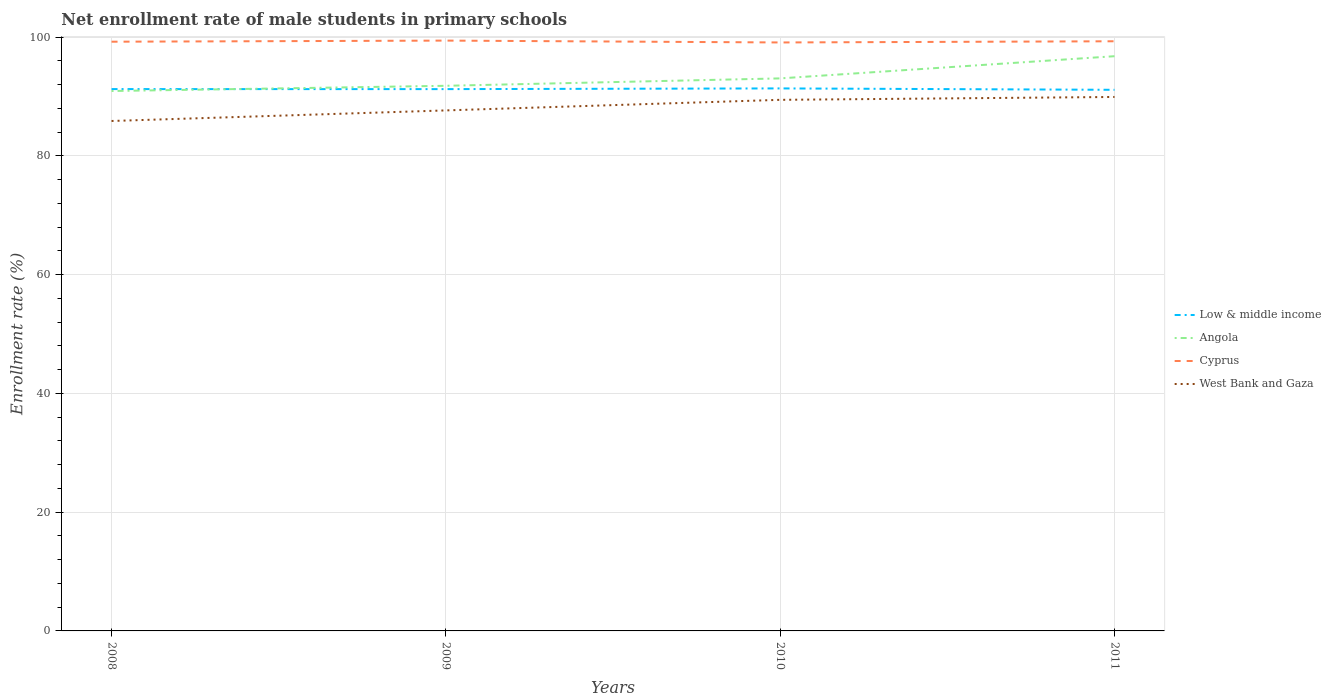
| Years | Low & middle income | Angola | Cyprus | West Bank and Gaza |
 | --- | --- | --- | --- | --- |
 | 2008 | 91.3 | 90.9 | 99.2 | 85.9 |
 | 2009 | 91.3 | 91.8 | 99.4 | 87.7 |
 | 2010 | 91.4 | 93.1 | 99.1 | 89.5 |
 | 2011 | 91.1 | 96.8 | 99.3 | 89.9 |